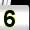
Digit: 5